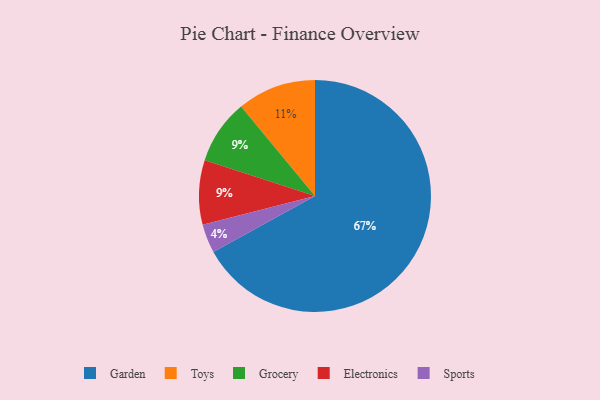
{"axis": {"x": "Category", "y": "Percentage"}, "legend": ["Electronics", "Garden", "Grocery", "Sports", "Toys"], "data": [{"x": "Sports", "y": 4, "type": "Sports"}, {"x": "Toys", "y": 11, "type": "Toys"}, {"x": "Garden", "y": 67, "type": "Garden"}, {"x": "Grocery", "y": 9, "type": "Grocery"}, {"x": "Electronics", "y": 9, "type": "Electronics"}]}